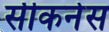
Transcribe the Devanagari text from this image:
सीकनेस